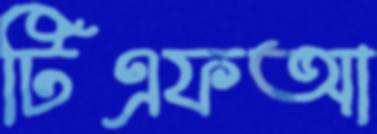
টিএফআ